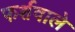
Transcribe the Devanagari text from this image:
फर्शवाले